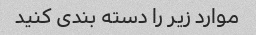
موارد زیر را دسته بندی کنید